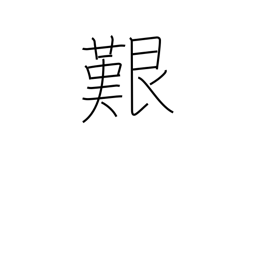
Meaning: perilous